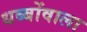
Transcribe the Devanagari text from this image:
धब्बोंवाला